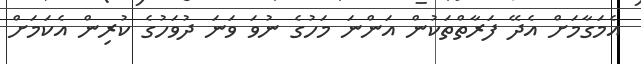
އެމަގާމަށް އެދޭ ފަރާތްތަކުން އަންނަ މަހުގެ ނުވަ ވަނަ ދުވަހުގެ ކުރިން އެކަމަށް